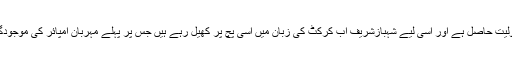
یہ واضح ہے کہ اب پارٹی میں چچا جان کی لائن کو شرف قبولیت حاصل ہے اور اسی لیے شہبازشریف اب کرکٹ کی زبان میں اسی پچ پر کھیل رہے ہیں جس پر پہلے مہربان امپائر کی موجودگی میں بولر، بیٹسمین اور فیلڈر سب کچھ عمران خان ہی تھے۔